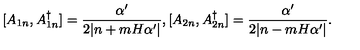
[ A _ { 1 n } , A _ { 1 n } ^ { \dagger } ] = \frac { \alpha ^ { \prime } } { 2 | n + m H \alpha ^ { \prime } | } , [ A _ { 2 n } , A _ { 2 n } ^ { \dagger } ] = \frac { \alpha ^ { \prime } } { 2 | n - m H \alpha ^ { \prime } | } .